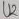
Text: U2